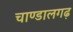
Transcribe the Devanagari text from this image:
चाण्डालगढ़